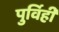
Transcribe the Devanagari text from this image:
पुर्विही